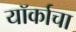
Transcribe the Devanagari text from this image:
यॉर्काचा